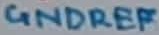
Text: GNDREF